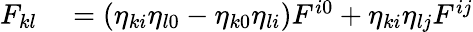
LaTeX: \begin{array}{rl}{F_{kl}}&{{}=\left(\eta_{ki}\eta_{l0}-\eta_{k0}\eta_{li}\right)F^{i0}+\eta_{ki}\eta_{lj}F^{ij}}\end{array}